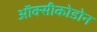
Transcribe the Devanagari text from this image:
ऑक्सीकोडोन